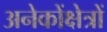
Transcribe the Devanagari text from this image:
अनेकोंक्षेत्रों